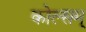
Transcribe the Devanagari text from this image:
कोल्सम्‌